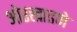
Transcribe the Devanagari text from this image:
ओरखाडणे